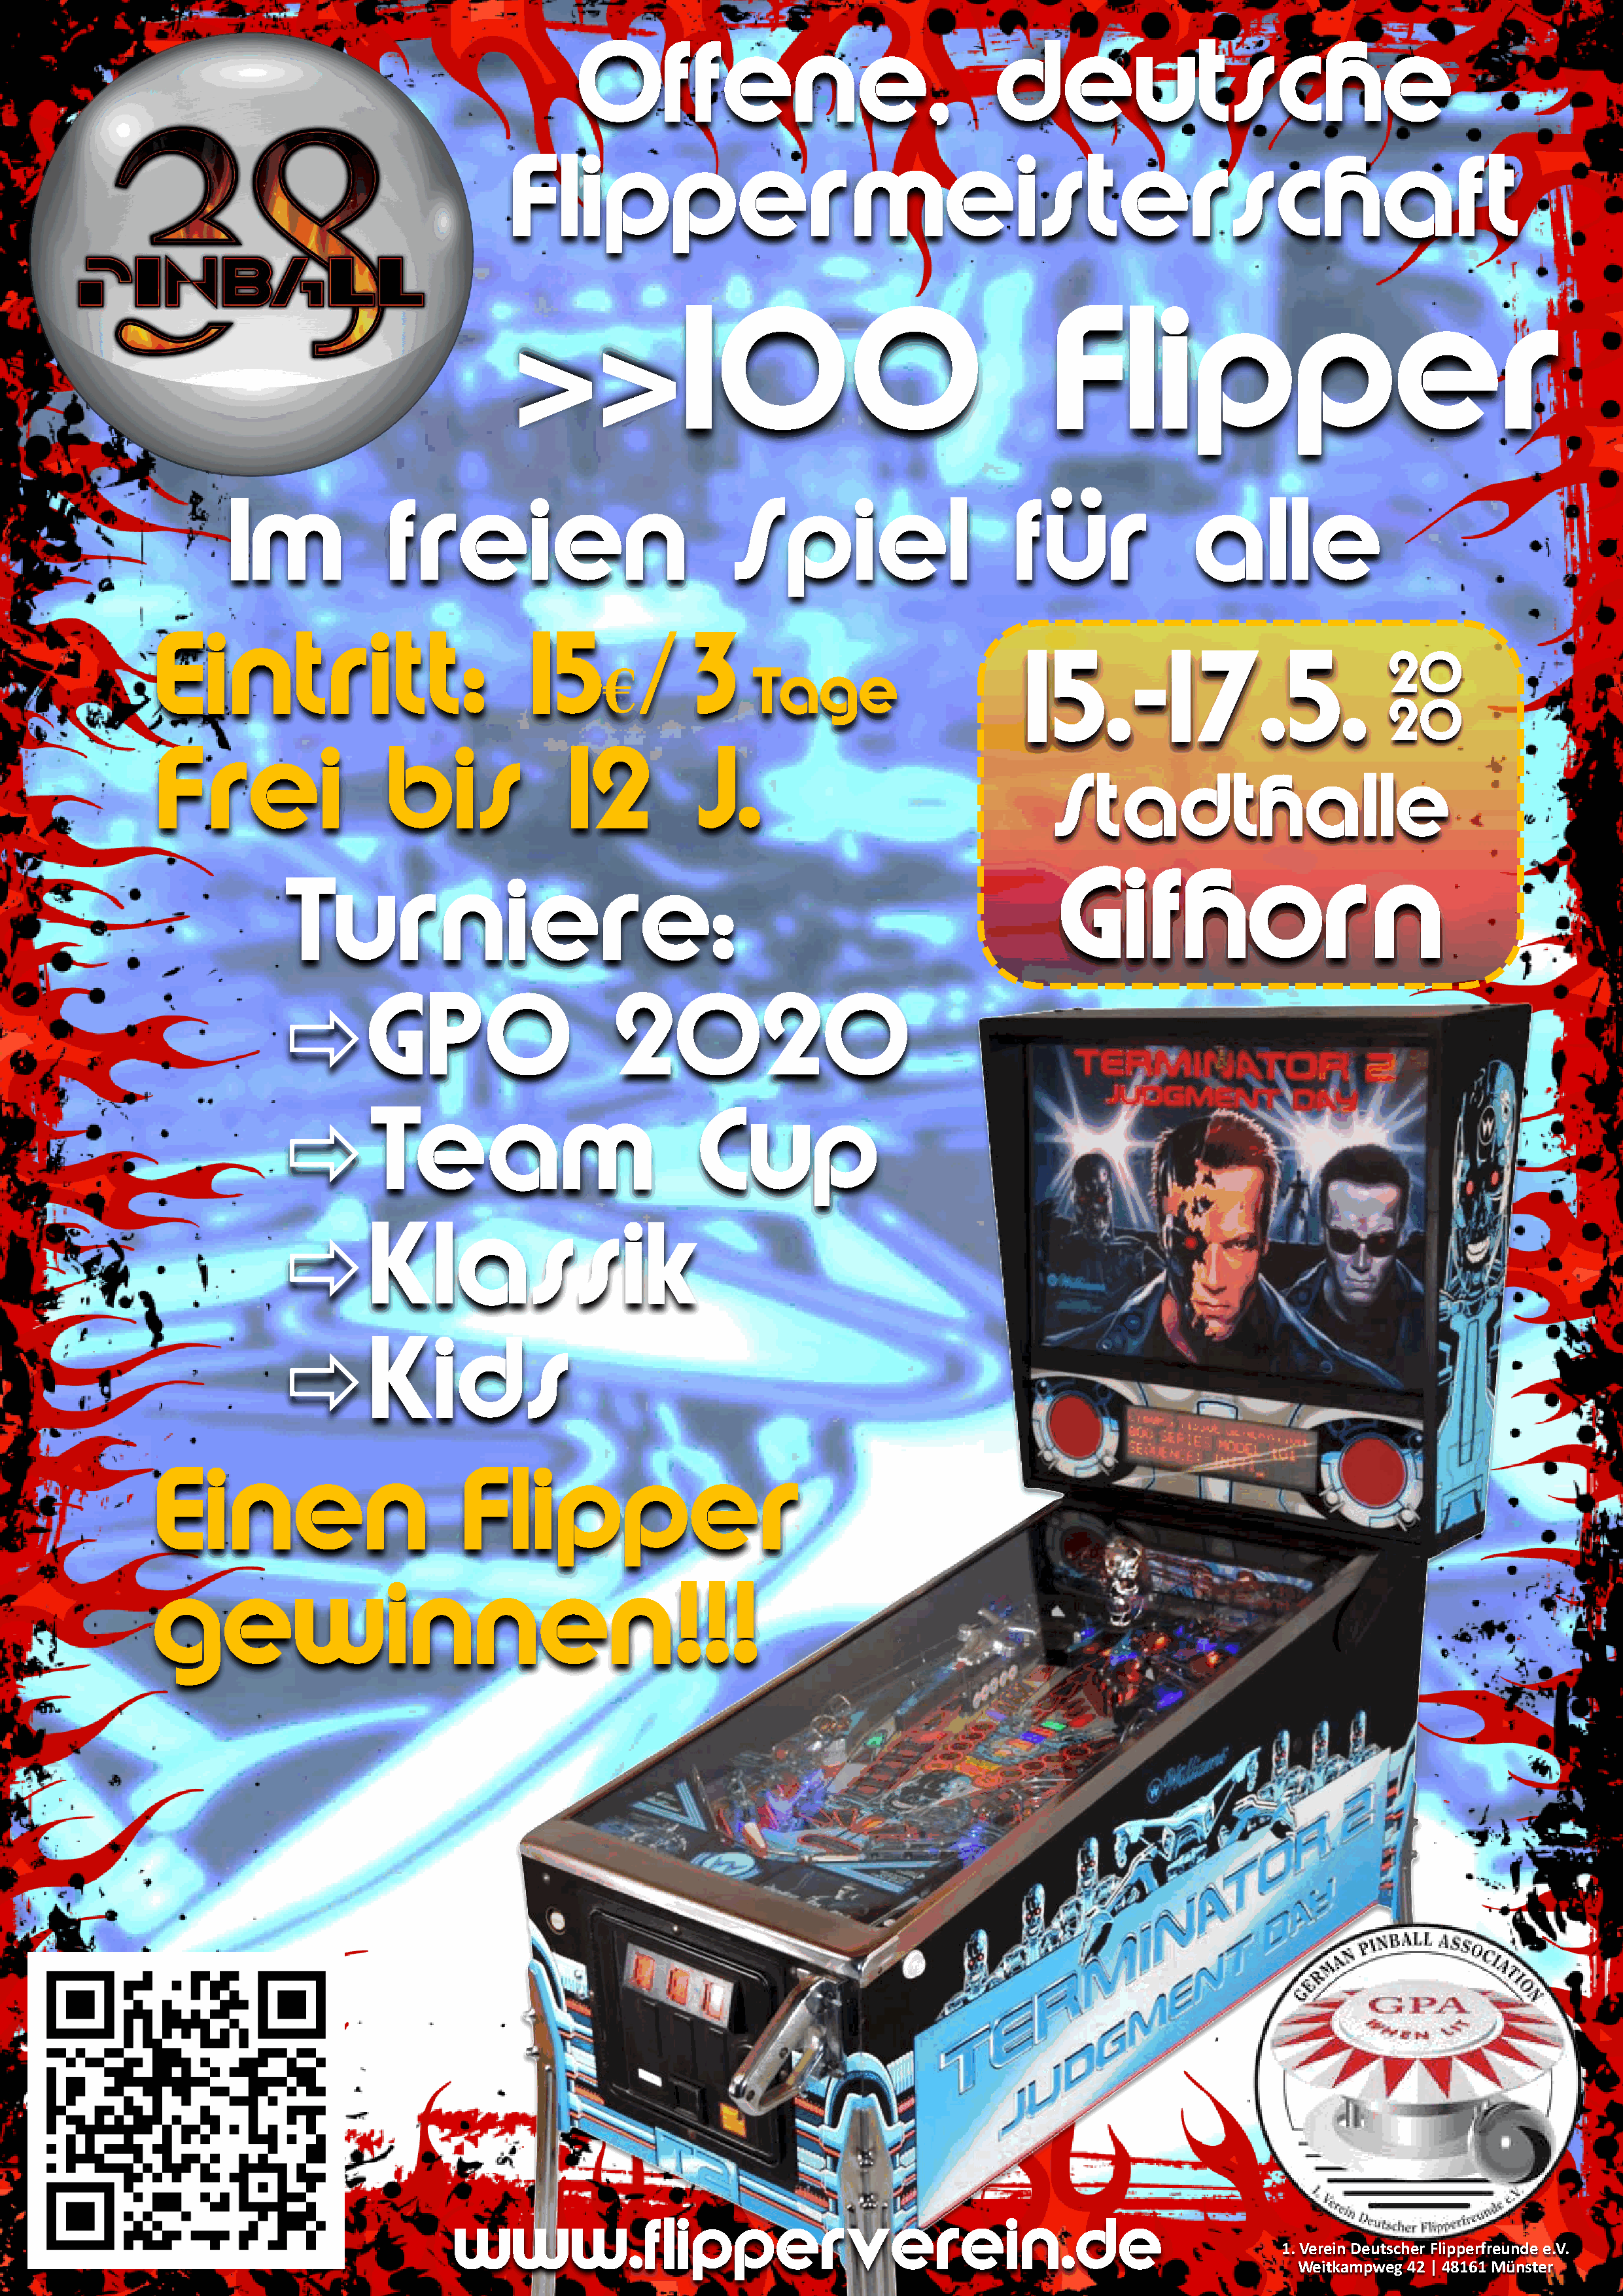
Offene,                                    deutsche
 Flippermeisterschaft
 >>100                                                 Flipper
 Im              freien                             Spiel                        für               alle
 Eintritt:                             15        /     3
 €                                          15.-17.5.                            20
 Tage
 20
 F    rei               bis               12           J.
 Stadthalle
 Gifhorn
 Turniere:
 GPO                             2020
 Team                                     Cup
 Klassik
 Kids
 Einen                         Flipper
 gewinnen!!!
 www.flipperverein.de
 1. Verein Deutscher Flipperfreunde e.V.
 Weitkampweg 42 | 48161 Münster